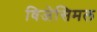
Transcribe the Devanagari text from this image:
विजेसिमल